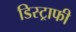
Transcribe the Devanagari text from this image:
डिस्ट्राफी